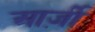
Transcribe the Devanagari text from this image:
आर्ज़ी